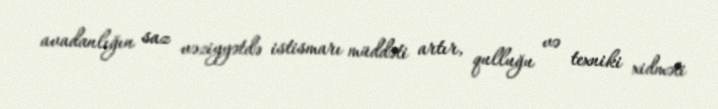
avadanlığın saz vəziyyətdə istismarı müddəti artır, qulluğu və texniki xidməti